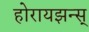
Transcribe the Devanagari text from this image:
होरायझन्स्